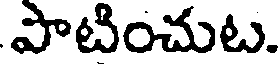
పొటించుట.